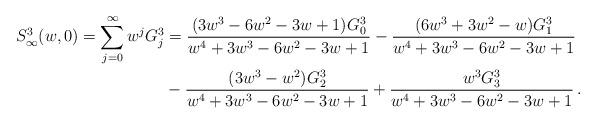
LaTeX: \begin{align*}S_\infty^3 (w,0)=\sum_{j = 0}^\infty {w^j G_j^3 } &= \frac{{(3w^3 - 6w^2 - 3w + 1)G_0^3 }}{{w^4 + 3w^3 - 6w^2 - 3w + 1}} - \frac{{(6w^3 + 3w^2 - w)G_1^3 }}{{w^4 + 3w^3 - 6w^2 - 3w + 1}}\\&- \frac{{(3w^3 - w^2 )G_2^3 }}{{w^4 + 3w^3 - 6w^2 - 3w + 1}} + \frac{{w^3 G_3^3 }}{{w^4 + 3w^3 - 6w^2 - 3w + 1}}\,.\end{align*}